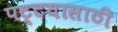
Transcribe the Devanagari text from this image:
पट्टयासाठी